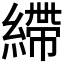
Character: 𦄂